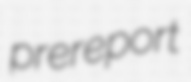
prereport